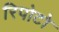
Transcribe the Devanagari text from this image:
रिपोटो